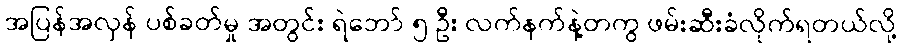
အပြန်အလှန် ပစ်ခတ်မှု အတွင်း ရဲဘော် ၅ ဦး လက်နက်နဲ့တကွ ဖမ်းဆီးခံလိုက်ရတယ်လို့